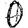
Digit: 0